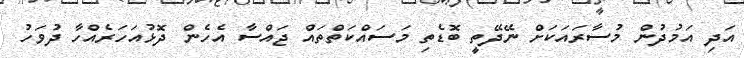
އަދި އަމުދުން މުސާރައަކަށް ނޭދޭތީ ބޮޑެތި މަސައްކަތްތައް ޖައްސާ އެހެން ދޮޅުއަހަރެއްހާ ދުވަހު